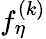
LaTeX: f_{\eta}^{(k)}